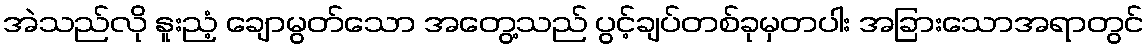
အဲသည်လို နူးညံ့ ချောမွတ်သော အတွေ့သည် ပွင့်ချပ်တစ်ခုမှတပါး အခြားသောအရာတွင်